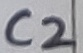
Text: C2